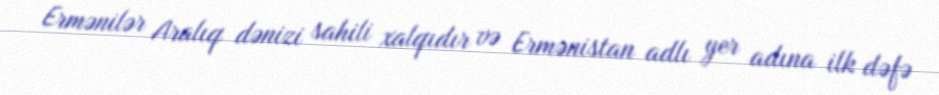
Ermənilər Aralıq dənizi sahili xalqıdır və Ermənistan adlı yer adına ilk dəfə